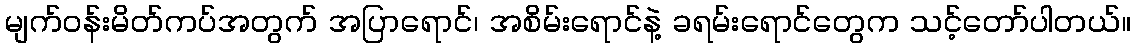
မျက်ဝန်းမိတ်ကပ်အတွက် အပြာရောင်၊ အစိမ်းရောင်နဲ့ ခရမ်းရောင်တွေက သင့်တော်ပါတယ်။